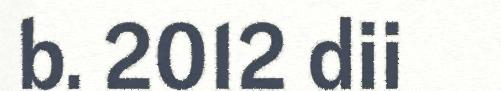
b. 2012 dii